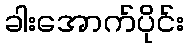
ခါးအောက်ပိုင်း